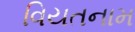
વિયતનામ